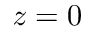
z = 0